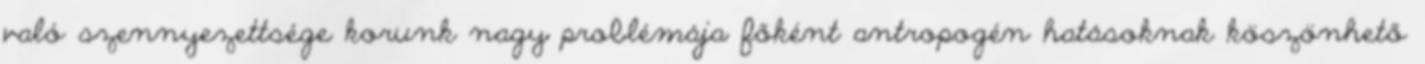
való szennyezettsége korunk nagy problémája főként antropogén hatásoknak köszönhető